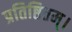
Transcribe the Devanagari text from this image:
प्रतिष्ठितम्‌।